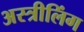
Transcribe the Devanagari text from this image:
अस्त्रीलिंग